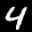
Label: 4